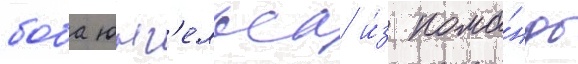
боба юнг'ельса и́з кома́нды